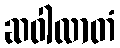
ဆဝါလာတံ